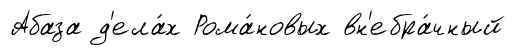
Абаза д'ела́х Рома́новых вн'ебра́чный